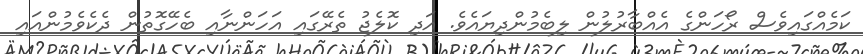
ކަމެއްގައިވެސް ރޯހަންގެ އެއްބާރުލުން ލިބެމުންދިޔައެވެ. އަދި ކޮލެޖު ތެރޭގައި އަހަންނާއި ބެހޭގޮތުން ދެކެވެމުންއައި